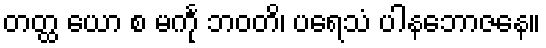
တတ္ထ ယော စ မင်္ကု ဘဝတိ၊ ပရေသံ ပါနဘောဇနေ။